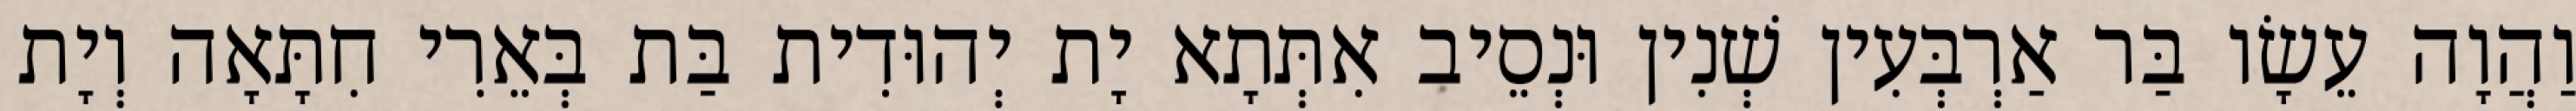
וַהֲוָה עֵשָׂו בַּר אַרְבְּעִין שְׁנִין וּנְסֵיב אִתְּתָא יָת יְהוּדִית בַּת בְּאֵרִי חִתָּאָה וְיָת